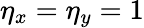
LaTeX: \eta_{x}=\eta_{y}=1